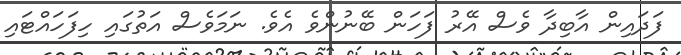
ފަދައިން އާބިދާ ވެސް އޭރު ފަހަން ބޭނުންވެ އެވެ. ނަމަވެސް އަތުގައި ހިފަހައްޓައި